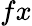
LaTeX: fx